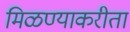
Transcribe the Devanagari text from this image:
मिळण्याकरीता